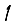
Digit: 1